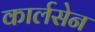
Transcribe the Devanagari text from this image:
कार्लसेन